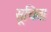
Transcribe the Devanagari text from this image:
सूचित।